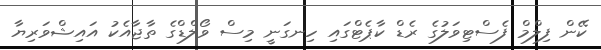
ކޭން ފިލްމް ފެސްޓިވަލުގެ ރެޑް ކާޕެޓްގައި ހިނގަނީ މިސް ވޯލްޑްގެ ތާޖާއެކު އައިޝްވަރިޔާ